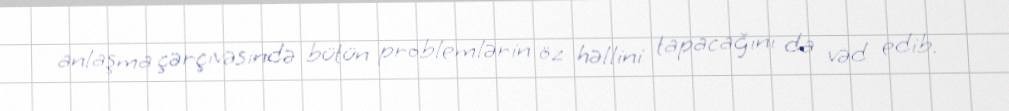
anlaşma çərçivəsində bütün problemlərin öz həllini tapacağını da vəd edib.